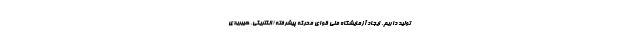
تولید داریم. ایجاد آزمایشگاه ملی قوای محرکه پیشرفته (الکتریکی، هیبریدی